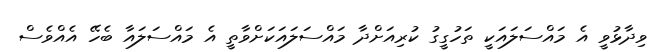
ވިދާޅުވީ އެ މައްސަލައަކީ ތަހުގީގު ކުރިއަށްދާ މައްސަލައަކަށްވާތީ އެ މައްސަލައާ ބެހޭ އެއްވެސް